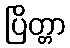
ပြိတ္တာ